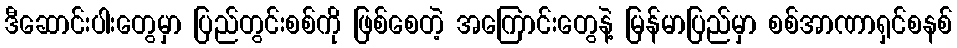
ဒီဆောင်းပါးတွေမှာ ပြည်တွင်းစစ်ကို ဖြစ်စေတဲ့ အကြောင်းတွေနဲ့ မြန်မာပြည်မှာ စစ်အာဏာရှင်စနစ်